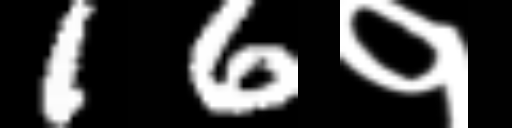
Text: 16१